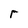
Character: r